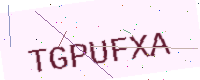
Text: TGPUFXA